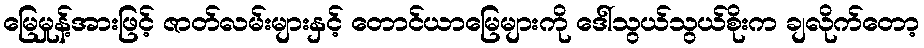
မြေမှုန့်အားဖြင့် ဇာတ်လမ်းများနှင့် တောင်ယာမြေများကို ဒေါ်သွယ်သွယ်စိုးက ချလိုက်တော့